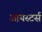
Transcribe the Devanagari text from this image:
आयस्टर्स